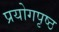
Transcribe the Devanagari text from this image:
प्रयोगपृष्ठ